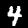
Digit: 4